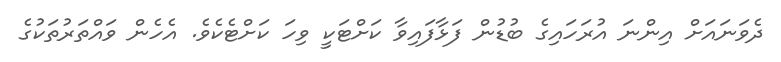
ދެވަނައަށް އިންނަ އުރަހައިގެ ބުޑުން ފަޅާފައިވާ ކަށްޓަކީ ވިހަ ކަށްޓެކެވެ. އެހެން ވައްތަރުތަކުގެ